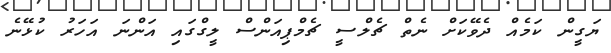
ޔަގީން ކަމެއް ދެވޭކަށް ނެތް ޗެލްސީ ޗެމްޕިއަންސް ލީގްގައި އަންނަ އަހަރު ކުޅޭނެ